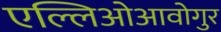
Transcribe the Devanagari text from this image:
एल्लिओआवोगुर